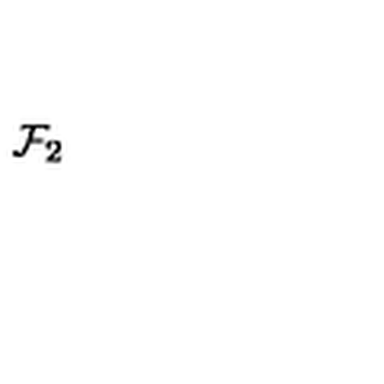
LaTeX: { \cal F } _ { 2 }